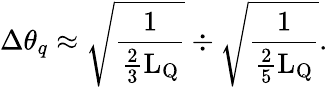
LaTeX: \Delta\theta_{q}\approx\sqrt\frac{1}{\frac{2}{3}\mathrm{L}_{\mathrm{{Q}}}}\div\sqrt\frac{1}{\frac{2}{5}\mathrm{L}_{\mathrm{{Q}}}}.